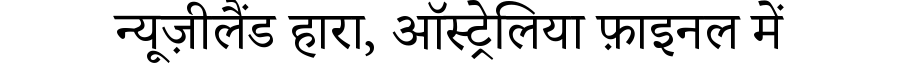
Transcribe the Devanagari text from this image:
न्यूज़ीलैंड हारा, ऑस्ट्रेलिया फ़ाइनल में